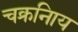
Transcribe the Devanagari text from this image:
चक्रनािय